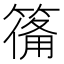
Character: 𮅴